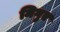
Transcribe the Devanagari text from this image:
मिगुए